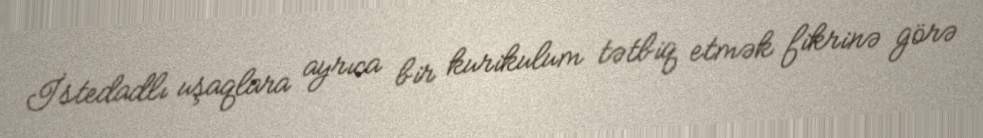
İstedadlı uşaqlara ayrıca bir kurikulum tətbiq etmək fikrinə görə